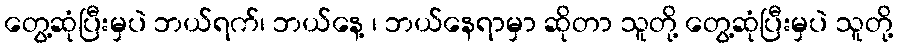
တွေ့ဆုံပြီးမှပဲ ဘယ်ရက်၊ ဘယ်နေ့ ၊ ဘယ်နေရာမှာ ဆိုတာ သူတို့ တွေ့ဆုံပြီးမှပဲ သူတို့